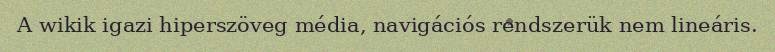
A wikik igazi hiperszöveg média, navigációs rendszerük nem lineáris.